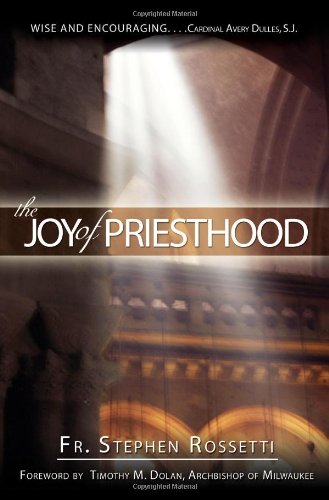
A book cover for The Joy of Priesthood; Stephen J. Rossetti; Christian Books & Bibles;